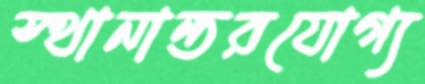
স্থানান্তরযোগ্য